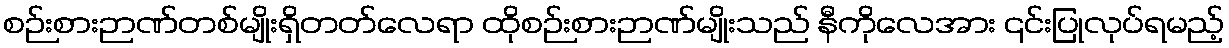
စဉ်းစားဉာဏ်တစ်မျိုးရှိတတ်လေရာ ထိုစဉ်းစားဉာဏ်မျိုးသည် နီကိုလေအား ၎င်းပြုလုပ်ရမည့်